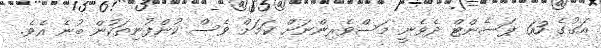
އަގުގެ 63 ޕަސެންޓް ދެވެނީ މަސްވެރިންނަށް ކަމަށް ވެސް ކުންފުނިތަކުން ބުނެ އެވެ.